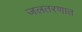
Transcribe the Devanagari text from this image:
जलतरणात